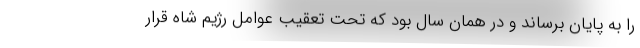
را به پایان برساند و در همان سال بود که تحت تعقیب عوامل رژیم شاه قرار